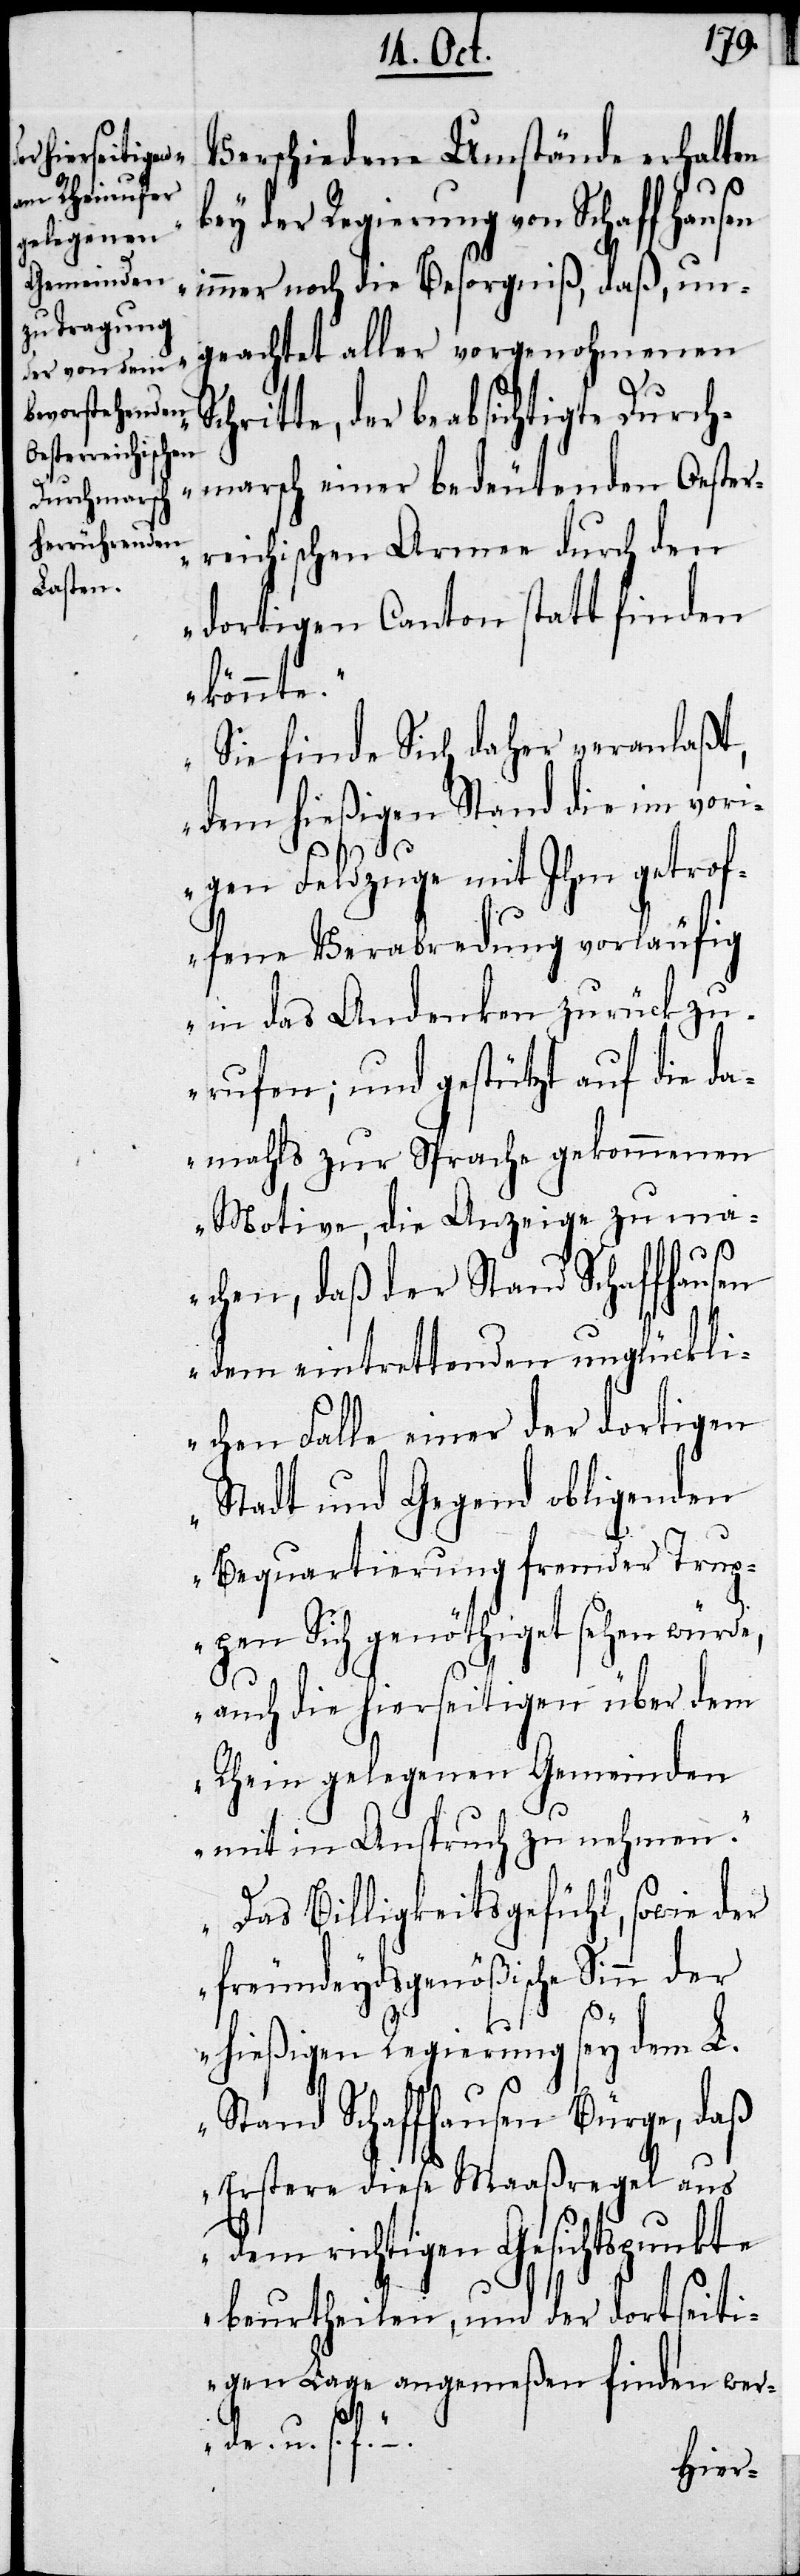
„Verschiedene Umstände erhalten
bey der Regierung von Schaffhausen
immer noch die Besorgniß, daß un¬
geachtet aller vorgenohmenen
der beabsichtigte Durch¬
marsch einer bedeutenden Oester¬
reichischen Armee durch den
dortigen Canton statt finden
könnte.
Sie finde sich daher veranlaßt,
dem hießigen Stand die im vori¬
gen Feldzuge mit Ihm getrof¬
fene Verabredung vorläufig
in das Andenken zurückzu¬
rufen; und gestützt auf die da¬
mahls zur Sprache gekommenen
Motive, die Anzeige zu ma¬
chen, daß der Stand Schaffhausen
dem eintrettenden unglückli¬
chen Falle einer der dortigen
Stadt und Gegend obligenden
Bequartierung fremder Trup¬
pen Sich genöthiget sehen würde,
auch die hierseitigen über dem
Rhein gelegenen Gemeinden
mit in Anspruch zu nehmen.
Das Billigkeitsgefühl, sowie der
freundeydsgenößische Sinn der
hießigen Regierung sey dem L.
Stand Schaffhausen Bürge, daß
Erstere diese Maaßregel aus
dem richtigen Gesichtspunkte
beurtheilen, und der dortseiti¬
gen Lage angemeßen finden wer¬
de. u.s.f.“